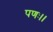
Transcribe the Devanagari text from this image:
पणः।।